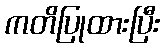
ကတိပြုထားပြီး